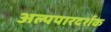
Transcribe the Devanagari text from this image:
अल्पपारदर्शक